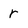
Character: r